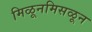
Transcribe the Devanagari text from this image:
मिळूनमिसळून